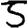
Digit: 5